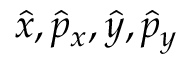
\hat { x } , \hat { p } _ { x } , \hat { y } , \hat { p } _ { y }